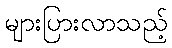
များပြားလာသည့်